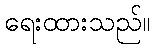
ရေးထားသည်။